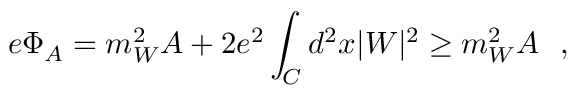
e \Phi _ { A } = m _ { W } ^ { 2 } A + 2 e ^ { 2 } \int _ { \cal C } d ^ { 2 } x | W | ^ { 2 } \ge m _ { W } ^ { 2 } A ~ ~ ,